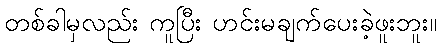
တစ်ခါမှလည်း ကူပြီး ဟင်းမချက်ပေးခဲ့ဖူးဘူး။